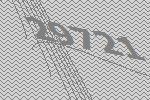
29721